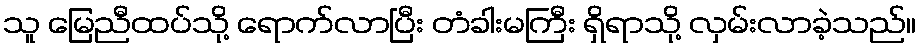
သူ မြေညီထပ်သို့ ရောက်လာပြီး တံခါးမကြီး ရှိရာသို့ လှမ်းလာခဲ့သည်။